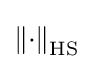
\left\|\cdot \right\|_{\text{HS}}